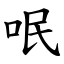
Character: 呡